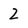
Character: 2